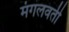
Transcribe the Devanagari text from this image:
मंगलवती